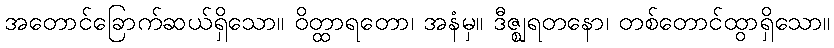
အတောင်ခြောက်ဆယ်ရှိသော။ ဝိတ္ထာရတော၊ အနံမှ။ ဒီဇ္ဈရတနော၊ တစ်တောင်ထွာရှိသော။